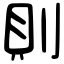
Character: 則